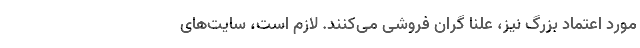
مورد اعتماد بزرگ نیز، علنا گران فروشی می‌کنند. لازم است، سایت‌های